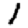
Digit: 1